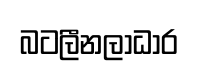
බටලීනලාධාර